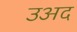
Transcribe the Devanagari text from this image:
उअद